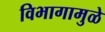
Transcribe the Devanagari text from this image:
विभागामुळे